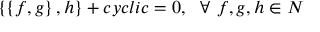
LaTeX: \left\{ \left\{ f , g \right\} , h \right\} + c y c l i c = 0 , ~ ~ \forall ~ f , g , h \in N